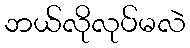
ဘယ်လိုလုပ်မလဲ